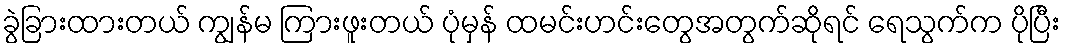
ခွဲခြားထားတယ် ကျွန်မ ကြားဖူးတယ် ပုံမှန် ထမင်းဟင်းတွေအတွက်ဆိုရင် ရေသွက်က ပိုပြီး